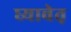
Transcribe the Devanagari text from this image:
घ्यावेत़